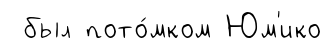
был пото́мком Юм'ико